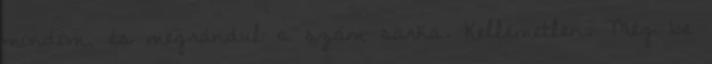
mondom, és megrándul a szám sarka. Kellemetlen. Még be